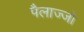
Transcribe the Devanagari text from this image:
पैलाज्जो